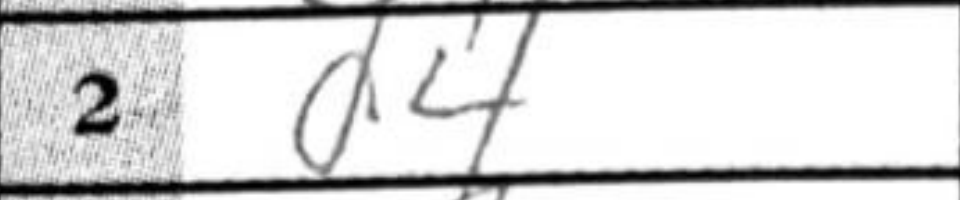
Transcription: d4